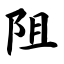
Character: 阻